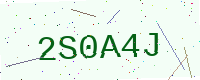
Text: 2S0A4J